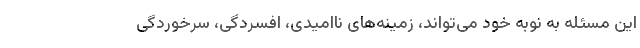
این مسئله به نوبه خود می‌تواند، زمینه‌های ناامیدی، افسردگی، سرخوردگی